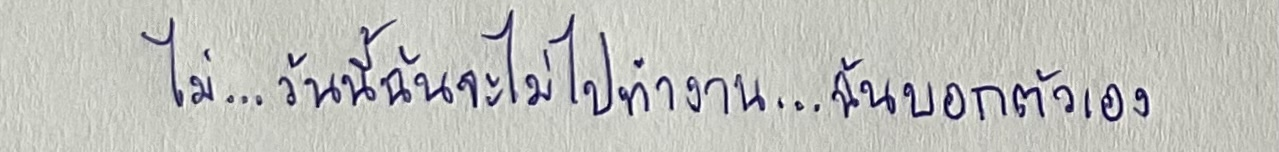
ไม่...วันนี้ฉันจะไม่ไปทำงาน...ฉันบอกตัวเอง